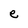
Character: e